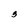
Character: 3